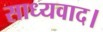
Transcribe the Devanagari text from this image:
साध्यवाद।